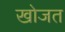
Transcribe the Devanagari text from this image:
खोजत